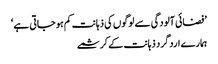
’فضائی آلودگی سے لوگوں کی ذہانت کم ہو جاتی ہے‘
ہمارے ارد گرد ذہانت کے کرشمے